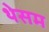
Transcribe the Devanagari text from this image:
थेसम